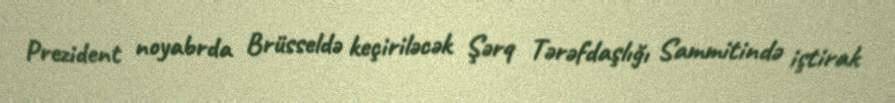
Prezident noyabrda Brüsseldə keçiriləcək Şərq Tərəfdaşlığı Sammitində iştirak